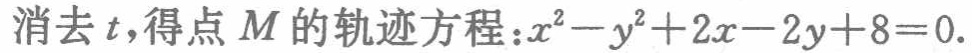
消去\(t\)，得点\(M\)的轨迹方程：\(x^{2}-y^{2}+2x - 2y + 8 = 0\)。